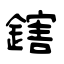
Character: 鎋